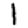
Digit: 1